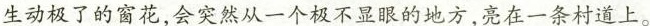
生动极了的窗花，会突然从一个极不显眼的地方，亮在一条村道上。